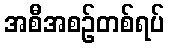
အစီအစဉ်တစ်ရပ်